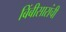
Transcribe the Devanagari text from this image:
बिंबीसारांची